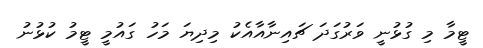
ޓީމާ މި ގުޅުނީ ވަރުގަދަ ޗައިނާއާއެކު މިދިޔަ މަހު ގައުމީ ޓީމު ކުޅުނު